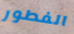
الفطور